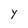
Character: y